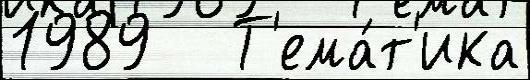
1989   Т'ема́т'ика